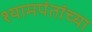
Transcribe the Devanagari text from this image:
श्यामपंतांच्या